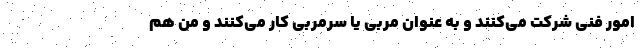
امور فنی شرکت می‌کنند و به عنوان مربی یا سرمربی کار می‌کنند و من هم